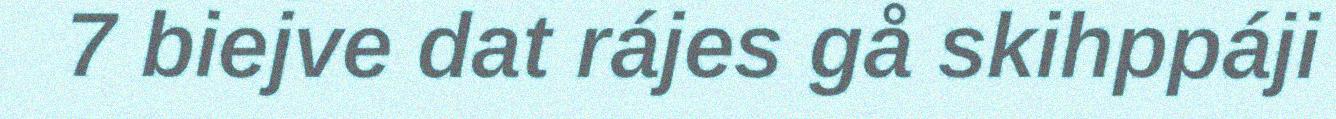
7 biejve dat rájes gå skihppáji